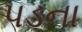
પડના